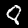
Label: 8